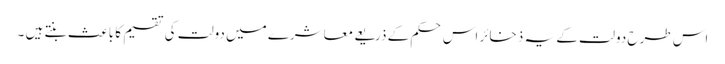
اس طرح دولت کے یہ ذخائر اس حکم کے ذریعے معاشرے میں دولت کی تقسیم کا باعث بنتے ہیں ۔